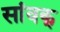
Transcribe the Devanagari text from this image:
सांवक्